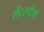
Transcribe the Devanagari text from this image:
सेंटरपीस